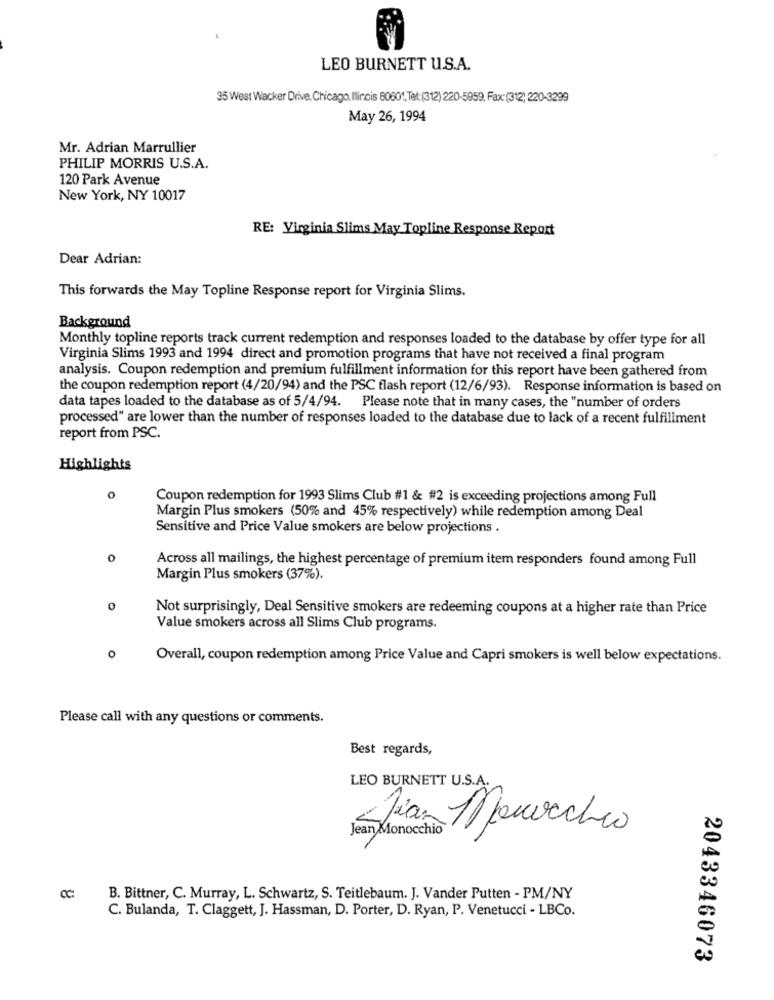
LEO BURNETT U.S.A.
35 West Wacker Drive, Chicago, Illinois 80601, Tel: (312) 220-5959, Fax:(312) 220-3299
May 26, 1994
Mr. Adrian Marrullier
PHILIP MORRIS U.S.A.
120 Park Avenue
New York, NY 10017
RE: Virginia Slims May Topline Response Report
Dear Adrian:
This forwards the May Topline Response report for Virginia Slims.
Background
Monthly topline reports track current redemption and responses loaded to the database by offer type for all
Virginia Slims 1993 and 1994 direct and promotion programs that have not received a final program
analysis. Coupon redemption and premium fulfillment information for this report have been gathered from
the coupon redemption report (4/20/94) and the PSC flash report (12/6/93). Response information is based on
data tapes loaded to the database as of 5/4/94. Please note that in many cases, the "number of orders
processed" are lower than the number of responses loaded to the database due to lack of a recent fulfillment
report from PSC.
Highlights
0
Coupon redemption for 1993 Slims Club #1 & #2 is exceeding projections among Full
Margin Plus smokers (50% and 45% respectively) while redemption among Deal
Sensitive and Price Value smokers are below projections .
0
Across all mailings, the highest percentage of premium item responders found among Full
Margin Plus smokers (37%).
Not surprisingly, Deal Sensitive smokers are redeeming coupons at a higher rate than Price
Value smokers across all Slims Club programs.
O
Overall, coupon redemption among Price Value and Capri smokers is well below expectations.
Please call with any questions or comments.
Best regards,
LEO BURNETT U.S.A.
Diaz 1puocchio
Jean Monocchio
B. Bittner, C. Murray, L. Schwartz, S. Teitlebaum. J. Vander Putten - PM/NY
C. Bulanda, T. Claggett, J. Hassman, D. Porter, D. Ryan, P. Venetucci - LBCo.
2043346073